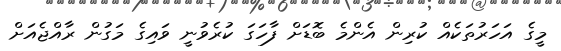
މީގެ އަހަރުތަކެއް ކުރިން އެންމެ ބޮޑަށް ފާހަގަ ކުރެވުނީ ވައިގެ މަގުން ރާއްޖެއަށް